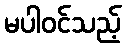
မပါဝင်သည့်